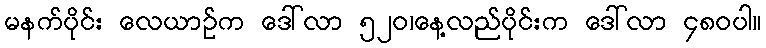
မနက်ပိုင်း လေယာဉ်က ဒေါ်လာ ၅၂၀၊နေ့လည်ပိုင်းက ဒေါ်လာ ၄၈၀ပါ။